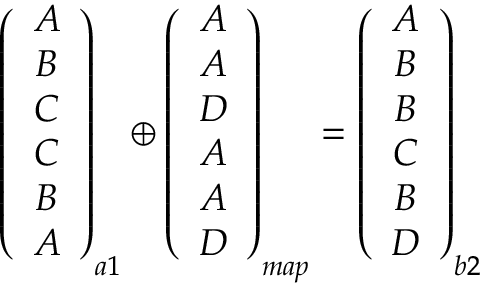
\begin{array} { r } { \left( \begin{array} { c } { A } \\ { B } \\ { C } \\ { C } \\ { B } \\ { A } \end{array} \right) _ { a 1 } \oplus \left( \begin{array} { c } { A } \\ { A } \\ { D } \\ { A } \\ { A } \\ { D } \end{array} \right) _ { m a p } = \left( \begin{array} { c } { A } \\ { B } \\ { B } \\ { C } \\ { B } \\ { D } \end{array} \right) _ { b 2 } } \end{array}